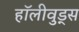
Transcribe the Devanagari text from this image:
हॉलीवुड्स